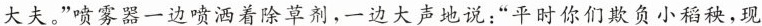
大夫。”喷雾器一边喷洒着除草剂，一边大声地说：”平时你们欺负小稻秧，现